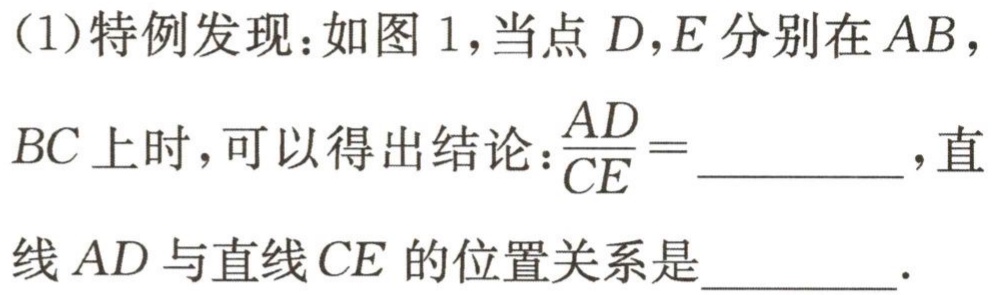
(1)特例发现：如图1，当点$D,E$分别在$AB$，$BC$上时，可以得出结论：$\frac{AD}{CE}=$________，直线$AD$与直线$CE$的位置关系是________.